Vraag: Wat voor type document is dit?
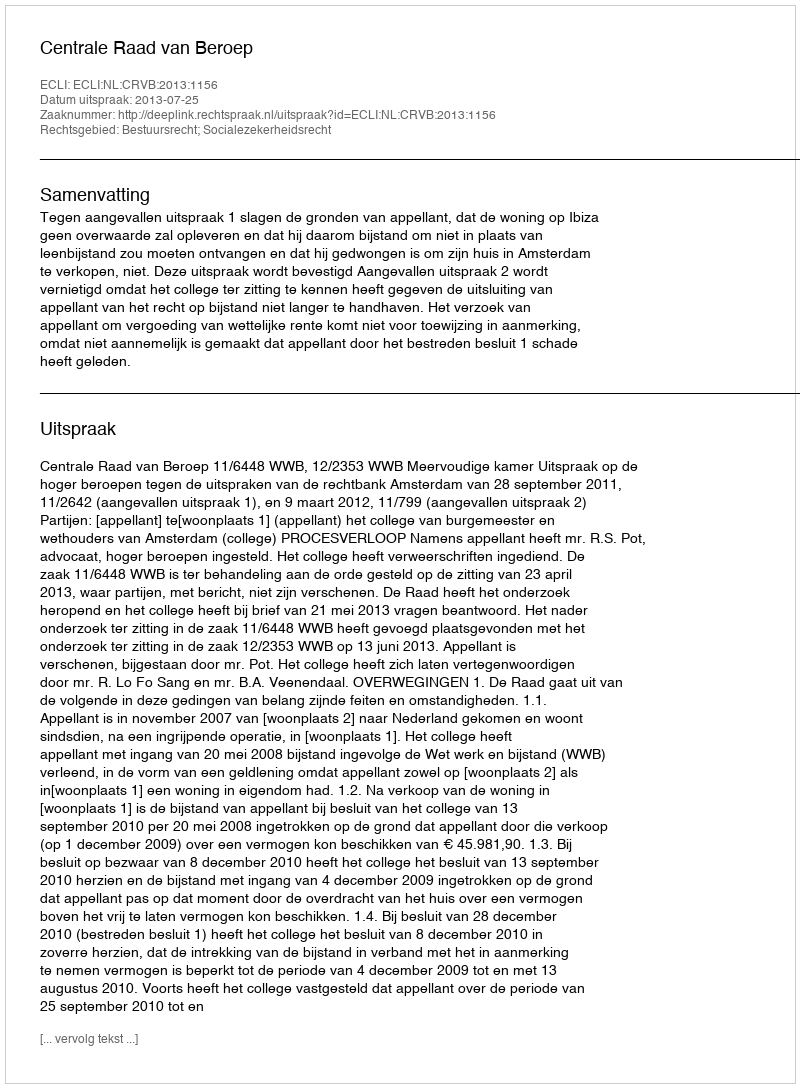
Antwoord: Uitspraak